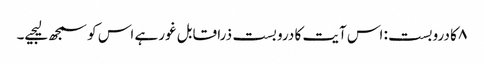
۸ کا دروبست: اس آیت کا درو بست ذرا قابل غور ہے اس کو سمجھ لیجیے۔